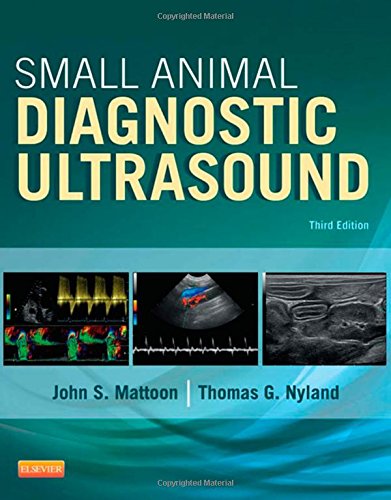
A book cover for Small Animal Diagnostic Ultrasound, 3e; John S. Mattoon DVM  DACVR; Medical Books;